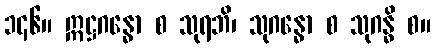
၁၄၆။ ဣဋ္ဌဂန္ဓော စ သုရဘိ၊ သုဂန္ဓော စ သုဂန္ဓိ စ။